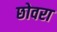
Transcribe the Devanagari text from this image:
छोवरा